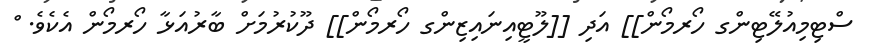
ސްޓިމިއުލޭޓިންގ ހޯރމޯން]] އަދި [[ލޫޓީއިނައިޒިންގ ހޯރމޯން]] ދޫކުރުމަށް ބާރުއަޅާ ހޯރމޯން އެކެވެ. ް